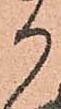
か